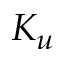
K _ { u }